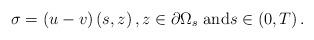
LaTeX: \begin{align*}\sigma =\left(u-v\right)\left(s,z\right),z\in \partial \Omega _{s}\text{ and}s\in \left( 0,T\right) . \end{align*}